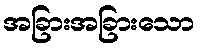
အခြားအခြားသော